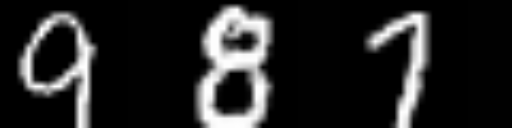
Text: 987